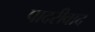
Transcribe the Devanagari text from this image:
पादरीवाद